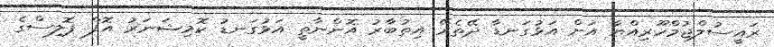
ރައީސުލްޖުމްހޫރިއްޔާ އަށް އަޅުގަނޑާ ދޭތެރޭ އިތުބާރު އޮންނާތީ އަޅުގަނޑު ކޮމިޝަނަރު އޮފް ޕޮލިސްގެ